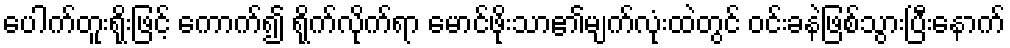
ပေါက်တူးရိုးဖြင့် ကောက်၍ ရိုက်လိုက်ရာ မောင်ဖိုးသာ၏မျက်လုံးထဲတွင် ဝင်းခနဲဖြစ်သွားပြီးနောက်